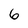
Character: 6